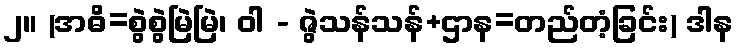
၂။ (အဓိ=စွဲစွဲမြဲမြဲ၊ ဝါ - ဇွဲသန်သန်+ဌာန=တည်တံ့ခြင်း) ဒါန